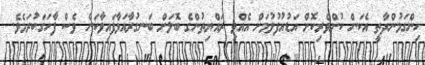
ހިންގަމުންދާތީ އެކަން ކުށްވެރިކޮށް އަޑުއުފުލުމަށް އެއްވި ރައްޔިތުންގެ ބޮލަށް ބަނގުރާއަޅާފައިވާކަން ވެސް ފާހަގަކުރަމެވެ.